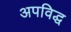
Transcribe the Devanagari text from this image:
अपविद्ध